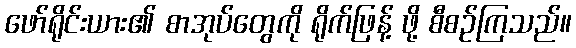
ဖော်ရိုင်းယား၏ စာအုပ်တွေကို ရိုက်ဖြန့် ဖို့ စီစဉ်ကြသည်။